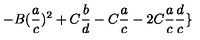
- B ( \frac { a } { c } ) ^ { 2 } + C \frac { b } { d } - C \frac { a } { c } - 2 C \frac { a } { c } \frac { d } { c } \}